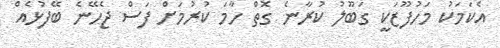
އެކަމަކު މަހުފޫޒަކީ ގަބޫލު ކުރާނެ ގޮތް ހާމަ ކުރުމަށް ފަސް ޖެހޭނެ ބޭފުޅެއް